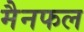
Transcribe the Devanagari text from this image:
मैनफल